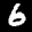
Label: 6